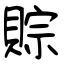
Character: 賩